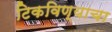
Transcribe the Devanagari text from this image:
टिकविण्याचा